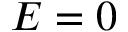
E = 0